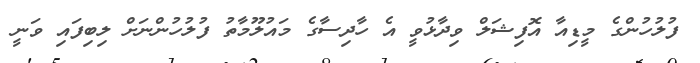
ފުލުހުންގެ މީޑިއާ އޮފިޝަލް ވިދާޅުވީ އެ ހާދިސާގެ މައުލޫމާތު ފުލުހުންނަށް ލިބިފައި ވަނީ